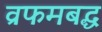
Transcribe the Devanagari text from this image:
व्रफमबद्ध